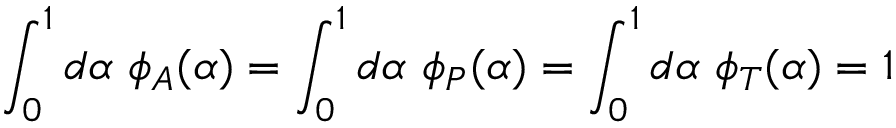
\int _ { 0 } ^ { 1 } d \alpha \ \phi _ { A } ( \alpha ) = \int _ { 0 } ^ { 1 } d \alpha \ \phi _ { P } ( \alpha ) = \int _ { 0 } ^ { 1 } d \alpha \ \phi _ { T } ( \alpha ) = 1